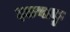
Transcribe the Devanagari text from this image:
इछवाकु